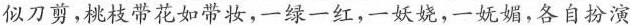
似刀剪，桃枝带花如带妆，一绿一红，一妖娆，一妩媚，各自扮演